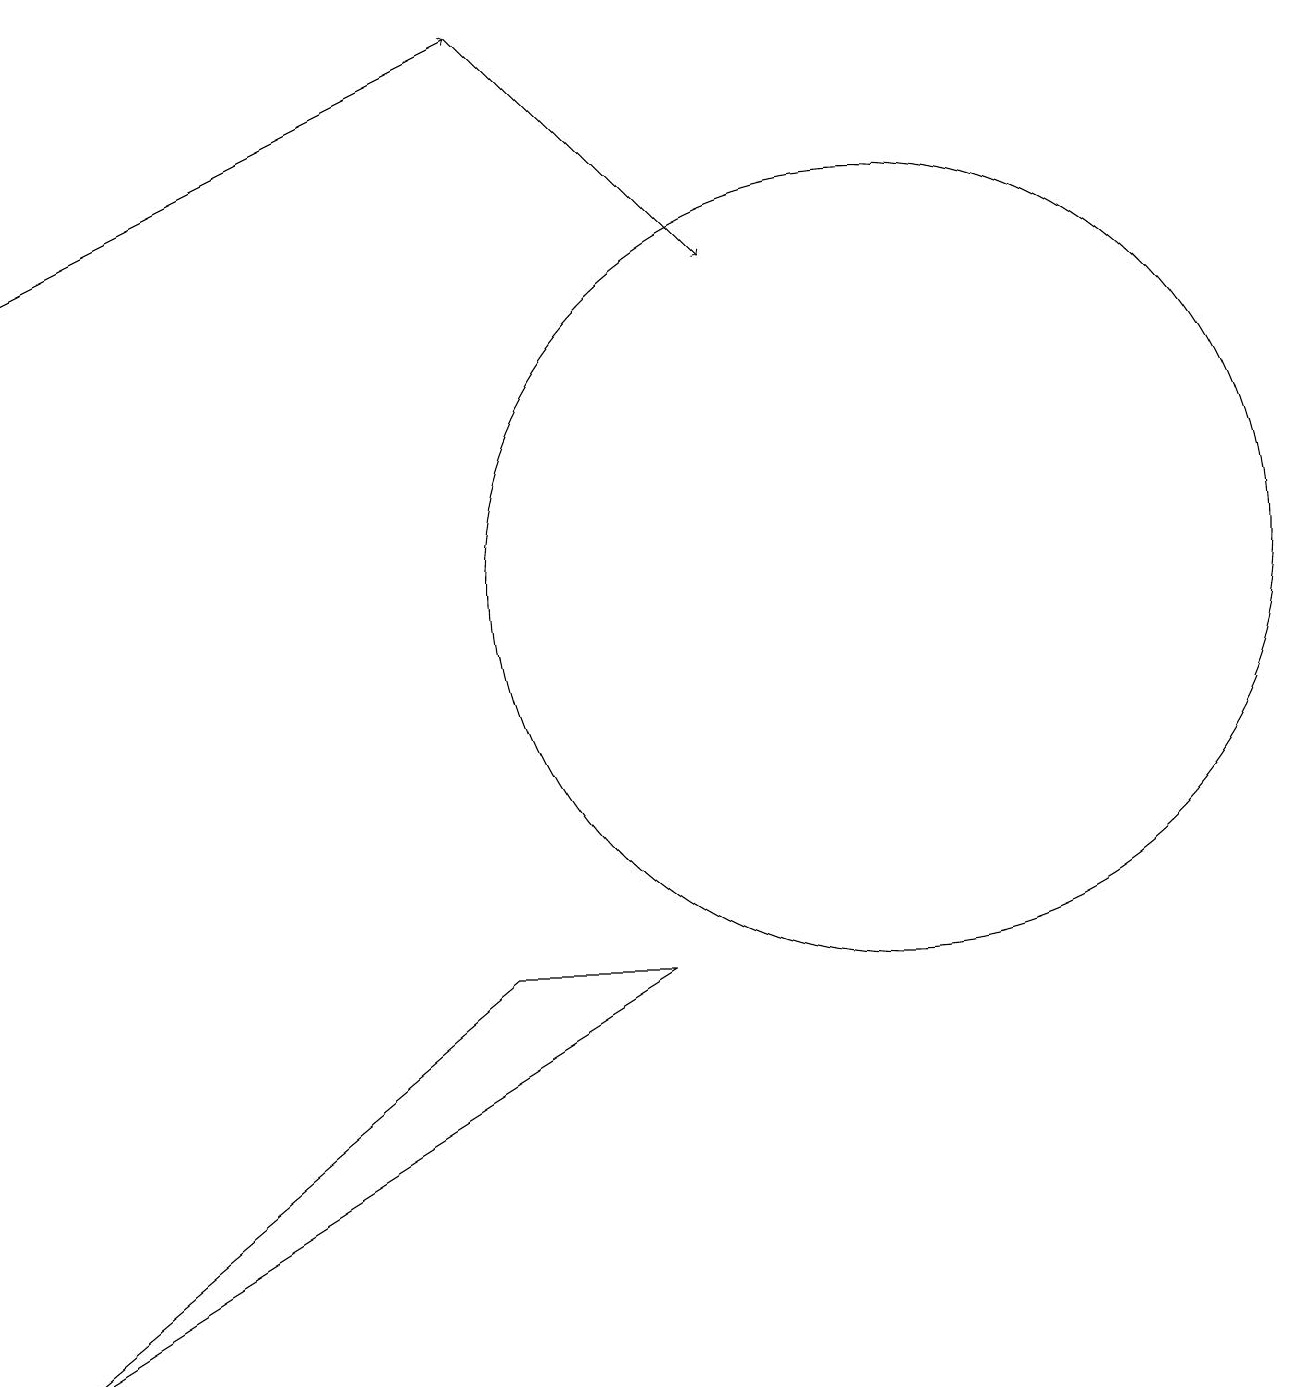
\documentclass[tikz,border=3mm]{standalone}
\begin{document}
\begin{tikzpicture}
\draw (8,7) -- (6,7) -- (0,2) -- cycle;
\draw[->] (0,16) -- (6,19);
\draw[->] (6,19) -- (9,16);
\draw (11,12) circle (5);
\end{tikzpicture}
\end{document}